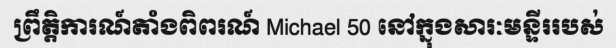
ព្រឹត្តិការណ៍តាំងពិពរណ៍ Michael 50 នៅក្នុងសារៈមន្ទីររបស់